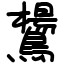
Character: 鸉